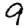
Digit: 9